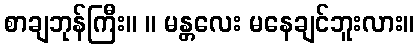
စာချဘုန်ကြီး။ ။ မန္တလေး မနေချင်ဘူးလား။